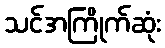
သင်အကြိုက်ဆုံး